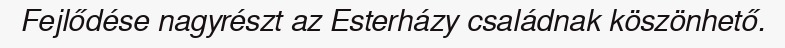
Fejlődése nagyrészt az Esterházy családnak köszönhető.